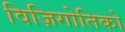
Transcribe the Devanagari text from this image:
विज़िगोतिको